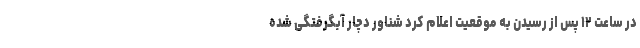
در ساعت ۱۲ پس از رسیدن به موقعیت اعلام کرد شناور دچار آبگرفتگی شده